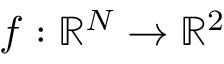
f : \mathbb { R } ^ { N } \to \mathbb { R } ^ { 2 }